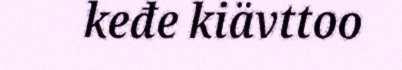
keđe kiävttoo